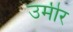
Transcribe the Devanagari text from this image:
उमीर